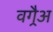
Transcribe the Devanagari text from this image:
वगैर्‍अ